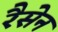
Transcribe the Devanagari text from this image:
रैसेन